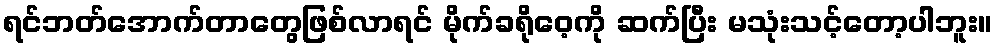
ရင်ဘတ်အောက်တာတွေဖြစ်လာရင် မိုက်ခရိုဝေ့ကို ဆက်ပြီး မသုံးသင့်တော့ပါဘူး။